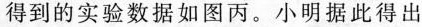
得到的实验数据如图丙。小明据此得出